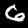
Digit: 6